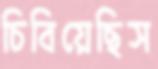
চিবিয়েছিস